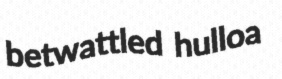
betwattled hulloa